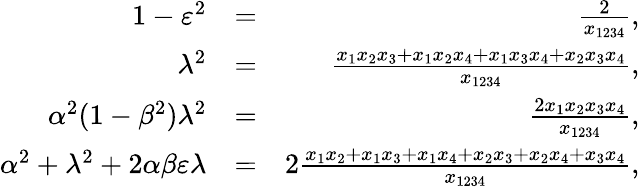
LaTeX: \begin{array}{rlr}{1-\varepsilon^{2}}&{=}&{\frac{2}{x_{1234}},}\\ {\lambda^{2}}&{=}&{\frac{x_{1}x_{2}x_{3}+x_{1}x_{2}x_{4}+x_{1}x_{3}x_{4}+x_{2}x_{3}x_{4}}{x_{1234}},}\\ {\alpha^{2}(1-\beta^{2})\lambda^{2}}&{=}&{\frac{2x_{1}x_{2}x_{3}x_{4}}{x_{1234}},}\\ {\alpha^{2}+\lambda^{2}+2\alpha\beta\varepsilon\lambda}&{=}&{2\frac{x_{1}x_{2}+x_{1}x_{3}+x_{1}x_{4}+x_{2}x_{3}+x_{2}x_{4}+x_{3}x_{4}}{x_{1234}},}\end{array}